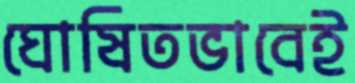
ঘোষিতভাবেই